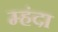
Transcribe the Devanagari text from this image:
म्हंदा